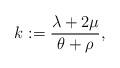
LaTeX: \begin{align*} k:=\frac{\lambda+ 2 \mu}{\theta + \rho}, \end{align*}